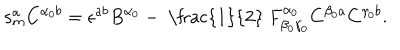
\mathbf { s } _ { m } ^ { a } C ^ { \alpha _ { 0 } b } = \epsilon ^ { a b } B ^ { \alpha _ { 0 } } - \mathrm { ~ \frac { 1 } { 2 } ~ } F _ { \beta _ { 0 } \gamma _ { 0 } } ^ { \alpha _ { 0 } } C ^ { \beta _ { 0 } a } C ^ { \gamma _ { 0 } b } .